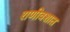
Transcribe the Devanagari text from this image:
राणीवशात